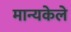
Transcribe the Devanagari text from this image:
मान्यकेले